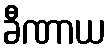
ခီဏာယ